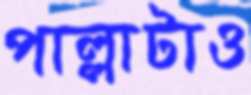
পাল্লাটাও